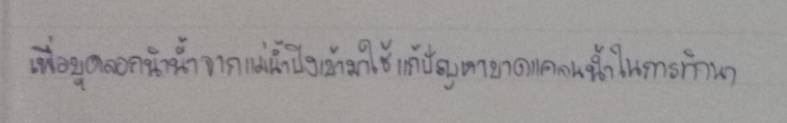
เพื่อขุดลอกนำน้ำจากแม่น้ำปิงเข้ามาใช้แก้ปัญหาขาดแคลนน้ำในการทำนา